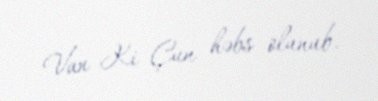
Van Ki Çun həbs olunub.